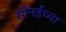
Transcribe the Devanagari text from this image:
सोनईच्या